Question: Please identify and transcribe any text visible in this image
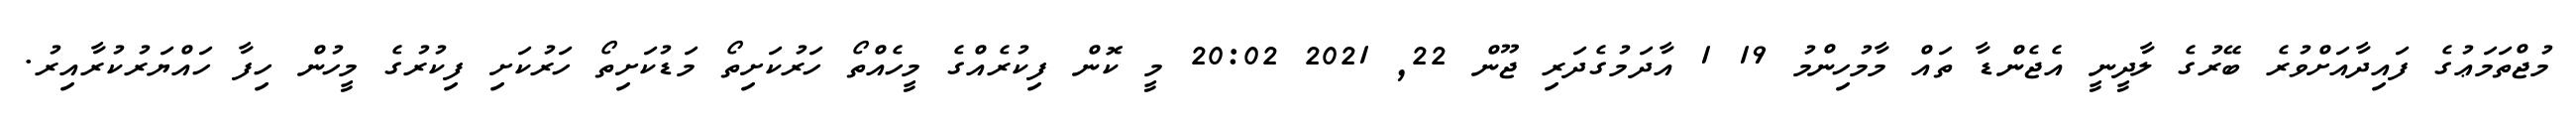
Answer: މުޖްތަމަޢުގެ ފައިދާއަށްވުރެ ބޭރުގެ ލާދީނީ އެޖެންޑާ ތައް މާމުހިންމު 19 1 އާދަމުގެދަރި ޖޫން 22, 2021 20:02 މީ ކޮން ފިކުރެއްގެ މީހެއްތޯ ހަރުކަށިތޯ މަޑުކަށިތޯ ހަރުކަށި ފިކުރުގެ މީހުން ހިފާ ހައްޔަރުކުރާއިރު.